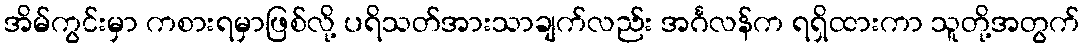
အိမ်ကွင်းမှာ ကစားရမှာဖြစ်လို့ ပရိသတ်အားသာချက်လည်း အင်္ဂလန်က ရရှိထားကာ သူတို့အတွက်